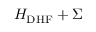
H _ { \mathrm { D H F } } + \Sigma